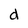
Character: d